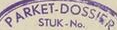
PARKET-DOSSIER